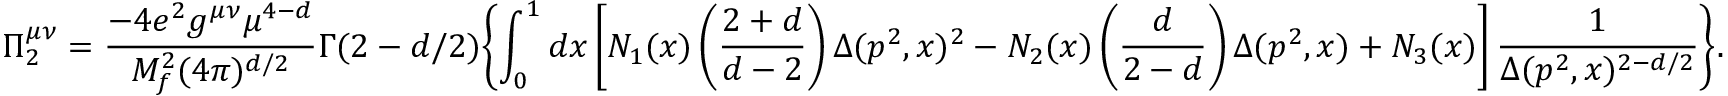
\Pi _ { 2 } ^ { \mu \nu } = \frac { - 4 e ^ { 2 } g ^ { \mu \nu } \mu ^ { 4 - d } } { M _ { f } ^ { 2 } ( 4 \pi ) ^ { d / 2 } } \Gamma ( 2 - d / 2 ) \biggl \{ \int _ { 0 } ^ { 1 } d x \left[ N _ { 1 } ( x ) \left( \frac { 2 + d } { d - 2 } \right) \Delta ( p ^ { 2 } , x ) ^ { 2 } - N _ { 2 } ( x ) \left( \frac { d } { 2 - d } \right) \Delta ( p ^ { 2 } , x ) + N _ { 3 } ( x ) \right] \frac { 1 } { \Delta ( p ^ { 2 } , x ) ^ { 2 - d / 2 } } \biggr \} .